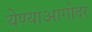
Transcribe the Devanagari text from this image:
येण्याआगोदर